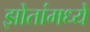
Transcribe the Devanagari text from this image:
झोतांमध्ये